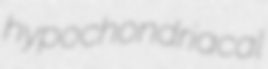
hypochondriacal